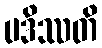
ပဒိဿတိ